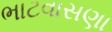
ભાટવાસણા